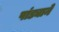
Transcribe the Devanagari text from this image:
पांड्याने